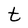
Character: t